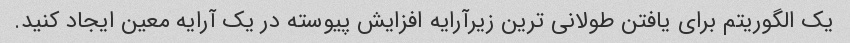
یک الگوریتم برای یافتن طولانی ترین زیرآرایه افزایش پیوسته در یک آرایه معین ایجاد کنید.